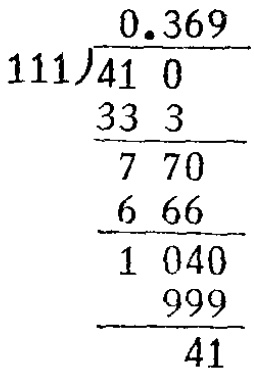
```latex
\begin{array}{r}
0.369 \\
111\enclose{longdiv}{410} \\
\underline{333} \\
770 \\
\underline{666} \\
1040 \\
\underline{999} \\
41
\end{array}
```